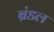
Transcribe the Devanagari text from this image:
ब्रंडल